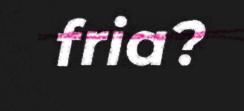
fria?